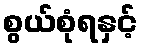
စွယ်စုံရနှင့်